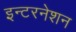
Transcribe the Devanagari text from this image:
इन्टरनेशन